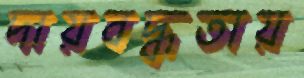
দায়বদ্ধতায়